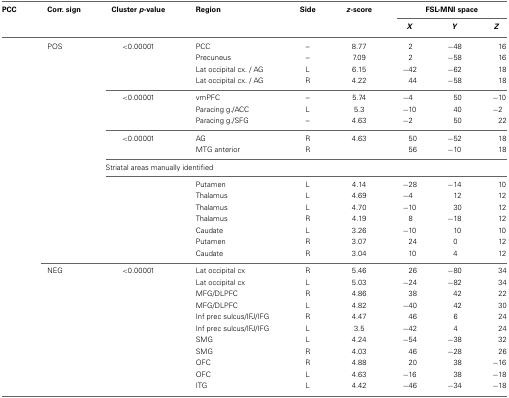
<table><thead><tr><td><b>PCC</b></td><td><b>Corr. sign</b></td><td><b>Cluster <i>p</i>-value</b></td><td><b>Region</b></td><td><b>Side</b></td><td><b><i>z</i>-score</b></td><td colspan="3"><b>FSL-MNI space</b></td></tr><tr><td></td><td></td><td></td><td></td><td></td><td></td><td><b><i>X</i></b></td><td><b><i>Y</i></b></td><td><b><i>Z</i></b></td></tr></thead><tbody><tr><td></td><td>POS</td><td>&lt;0.00001</td><td>PCC</td><td>–</td><td>8.77</td><td>2</td><td>−48</td><td>16</td></tr><tr><td></td><td></td><td></td><td>Precuneus</td><td>–</td><td>7.09</td><td>2</td><td>−58</td><td>16</td></tr><tr><td></td><td></td><td></td><td>Lat occipital cx. / AG</td><td>L</td><td>6.15</td><td>−42</td><td>−62</td><td>18</td></tr><tr><td></td><td></td><td></td><td>Lat occipital cx. / AG</td><td>R</td><td>4.22</td><td>44</td><td>−58</td><td>18</td></tr><tr><td></td><td></td><td>&lt;0.00001</td><td>vmPFC</td><td>–</td><td>5.74</td><td>−4</td><td>50</td><td>−10</td></tr><tr><td></td><td></td><td></td><td>Paracing g./ACC</td><td>L</td><td>5.3</td><td>−10</td><td>40</td><td>−2</td></tr><tr><td></td><td></td><td></td><td>Paracing g./SFG</td><td>–</td><td>4.63</td><td>−2</td><td>50</td><td>22</td></tr><tr><td></td><td></td><td>&lt;0.00001</td><td>AG</td><td>R</td><td>4.63</td><td>50</td><td>−52</td><td>18</td></tr><tr><td></td><td></td><td></td><td>MTG anterior</td><td>R</td><td></td><td>56</td><td>−10</td><td>18</td></tr><tr><td></td><td></td><td colspan="7">Striatal areas manually identified</td></tr><tr><td></td><td></td><td></td><td>Putamen</td><td>L</td><td>4.14</td><td>−28</td><td>−14</td><td>10</td></tr><tr><td></td><td></td><td></td><td>Thalamus</td><td>L</td><td>4.69</td><td>−4</td><td>12</td><td>12</td></tr><tr><td></td><td></td><td></td><td>Thalamus</td><td>L</td><td>4.70</td><td>−10</td><td>30</td><td>12</td></tr><tr><td></td><td></td><td></td><td>Thalamus</td><td>R</td><td>4.19</td><td>8</td><td>−18</td><td>12</td></tr><tr><td></td><td></td><td></td><td>Caudate</td><td>L</td><td>3.26</td><td>−10</td><td>10</td><td>10</td></tr><tr><td></td><td></td><td></td><td>Putamen</td><td>R</td><td>3.07</td><td>24</td><td>0</td><td>12</td></tr><tr><td></td><td></td><td></td><td>Caudate</td><td>R</td><td>3.04</td><td>10</td><td>4</td><td>12</td></tr><tr><td></td><td>NEG</td><td>&lt;0.00001</td><td>Lat occipital cx</td><td>R</td><td>5.46</td><td>26</td><td>−80</td><td>34</td></tr><tr><td></td><td></td><td></td><td>Lat occipital cx</td><td>L</td><td>5.03</td><td>−24</td><td>−82</td><td>34</td></tr><tr><td></td><td></td><td></td><td>MFG/DLPFC</td><td>R</td><td>4.86</td><td>38</td><td>42</td><td>22</td></tr><tr><td></td><td></td><td></td><td>MFG/DLPFC</td><td>L</td><td>4.82</td><td>−40</td><td>42</td><td>30</td></tr><tr><td></td><td></td><td></td><td>Inf prec sulcus/IFJ/IFG</td><td>R</td><td>4.47</td><td>46</td><td>6</td><td>24</td></tr><tr><td></td><td></td><td></td><td>Inf prec sulcus/IFJ/IFG</td><td>L</td><td>3.5</td><td>−42</td><td>4</td><td>24</td></tr><tr><td></td><td></td><td></td><td>SMG</td><td>L</td><td>4.24</td><td>−54</td><td>−38</td><td>32</td></tr><tr><td></td><td></td><td></td><td>SMG</td><td>R</td><td>4.03</td><td>46</td><td>−28</td><td>26</td></tr><tr><td></td><td></td><td></td><td>OFC</td><td>R</td><td>4.88</td><td>20</td><td>38</td><td>−16</td></tr><tr><td></td><td></td><td></td><td>OFC</td><td>L</td><td>4.63</td><td>−16</td><td>38</td><td>−18</td></tr><tr><td></td><td></td><td></td><td>ITG</td><td>L</td><td>4.42</td><td>−46</td><td>−34</td><td>−18</td></tr></tbody></table>